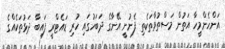
އަންހެންމީހާ އަތުން މަސްތުވާތަކެތި ފެނުނީ އޭނާގެ ދަބަހުގައި ހުރި ޑައެޓްރީ ފައިބާ ދަޅުތަކެއްގެ